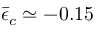
\bar { \epsilon } _ { c } \simeq - 0 . 1 5